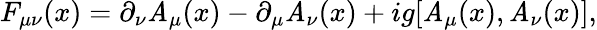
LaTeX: F_{\mu\nu}(x)=\partial_{\nu}\mathit{A}_{\mu}(x)-\partial_{\mu}\mathit{A}_{\nu}(x)+ig[\mathit{A}_{\mu}(x),\mathit{A}_{\nu}(x)],